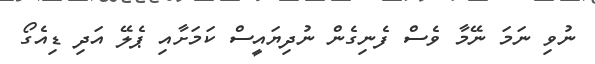
ނުވި ނަމަ ނޭމާ ވެސް ފެނިގެން ނުދިޔައީސް ކަމަށާއި ޕެލޭ އަދި ޑިއެގޯ